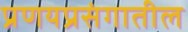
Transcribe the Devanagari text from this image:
प्रणयप्रसंगातील